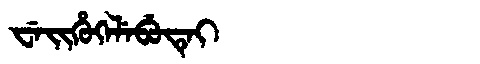
Manchu: ᠸᡝᡳᡥᡠᡴᡝᠯᡝᠪᡠᡨᡝᡳ
Romanization: WEIHUKELEBUTEI